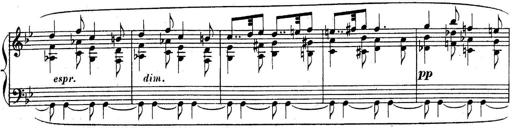
Title: Sonatina for Piano
Composer: BÃ©la BartÃ³k